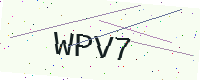
Text: WPV7